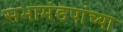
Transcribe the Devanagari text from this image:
सभामंडपांच्या